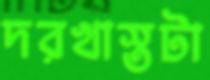
দরখাস্তটা